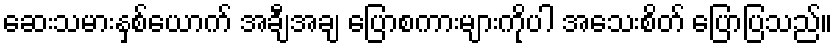
ဆေးသမားနှစ်ယောက် အချီအချ ပြောစကားများကိုပါ အသေးစိတ် ပြောပြသည်။